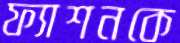
ফ্যাশনকে